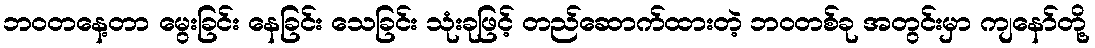
ဘဝတနေ့တာ မွေးခြင်း နေခြင်း သေခြင်း သုံးခုဖြင့် တည်ဆောက်ထားတဲ့ ဘဝတစ်ခု အတွင်းမှာ ကျနော်တို့